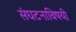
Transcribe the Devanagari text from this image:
संघटनाविषयी